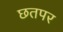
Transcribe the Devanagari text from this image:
छतपर